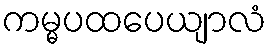
ကမ္မပထပေယျာလံ